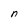
Character: n